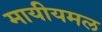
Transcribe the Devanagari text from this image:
मायीयमल